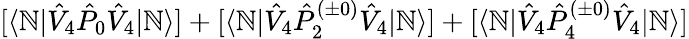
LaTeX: [\langle\mathbb{N}|\hat{{V}}_{4}\hat{{P}}_{0}\hat{{V}}_{4}|\mathbb{N}\rangle]+[\langle\mathbb{N}|\hat{{V}}_{4}\hat{{P}}_{2}^{(\pm0)}\hat{{V}}_{4}|\mathbb{N}\rangle]+[\langle\mathbb{N}|\hat{{V}}_{4}\hat{{P}}_{4}^{(\pm0)}\hat{{V}}_{4}|\mathbb{N}\rangle]